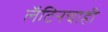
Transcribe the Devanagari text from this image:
लॅटिनचाही